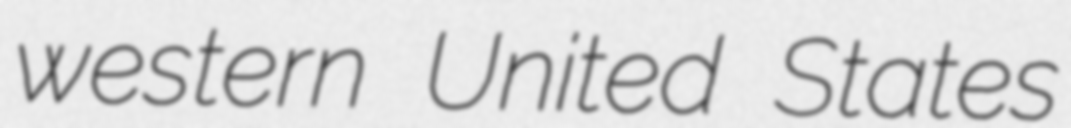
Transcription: western United States